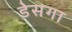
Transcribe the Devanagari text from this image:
डेसगा